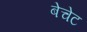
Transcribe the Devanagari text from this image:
बेचेट